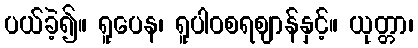
ပယ်ခဲ့၍။ ရူပေန၊ ရူပါဝစရဈာန်နှင့်။ ယုတ္တာ၊